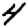
Digit: 4